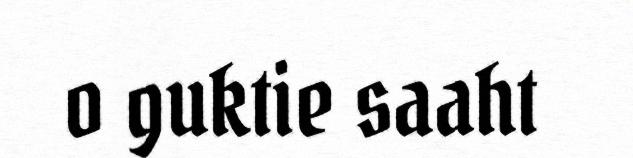
o guktie saaht